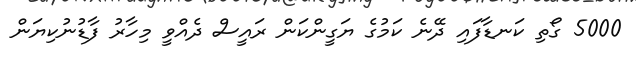
5000 ގޯތި ކަނޑާފައި ދޭނެ ކަމުގެ ޔަގީންކަން ރައީސް ދެއްވީ މިހާރު ފާޑުނުކިޔަން